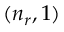
( n _ { r } , 1 )